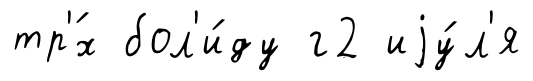
тр'́х бол'и́ду г2 иjу́л'я